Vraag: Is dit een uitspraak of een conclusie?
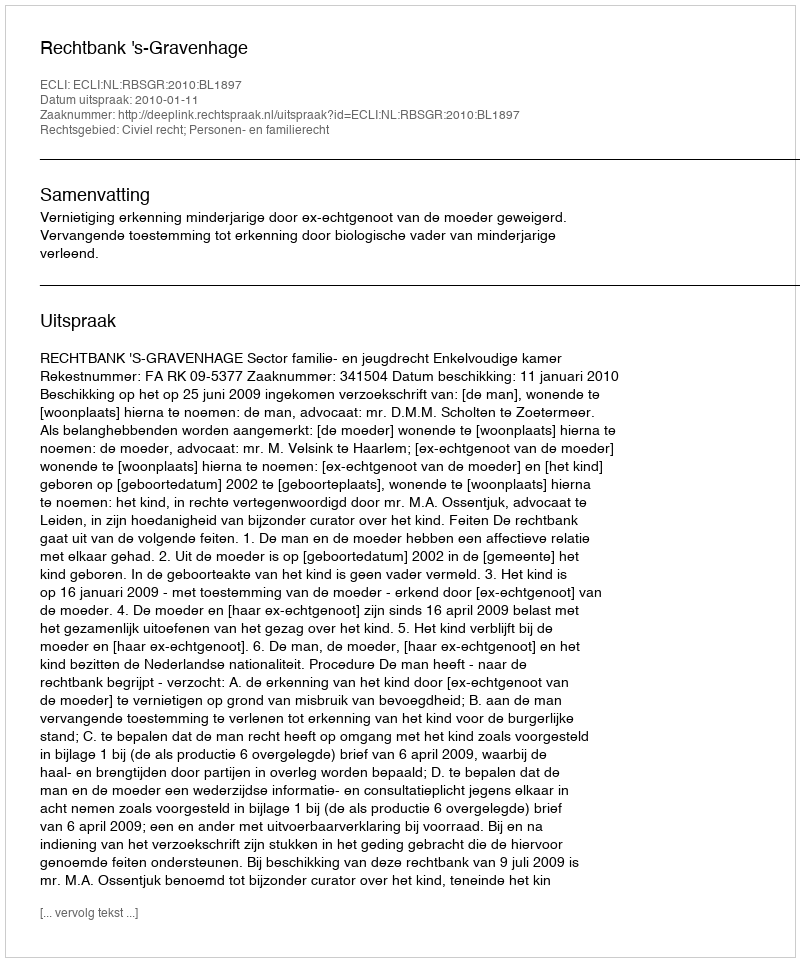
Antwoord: Uitspraak